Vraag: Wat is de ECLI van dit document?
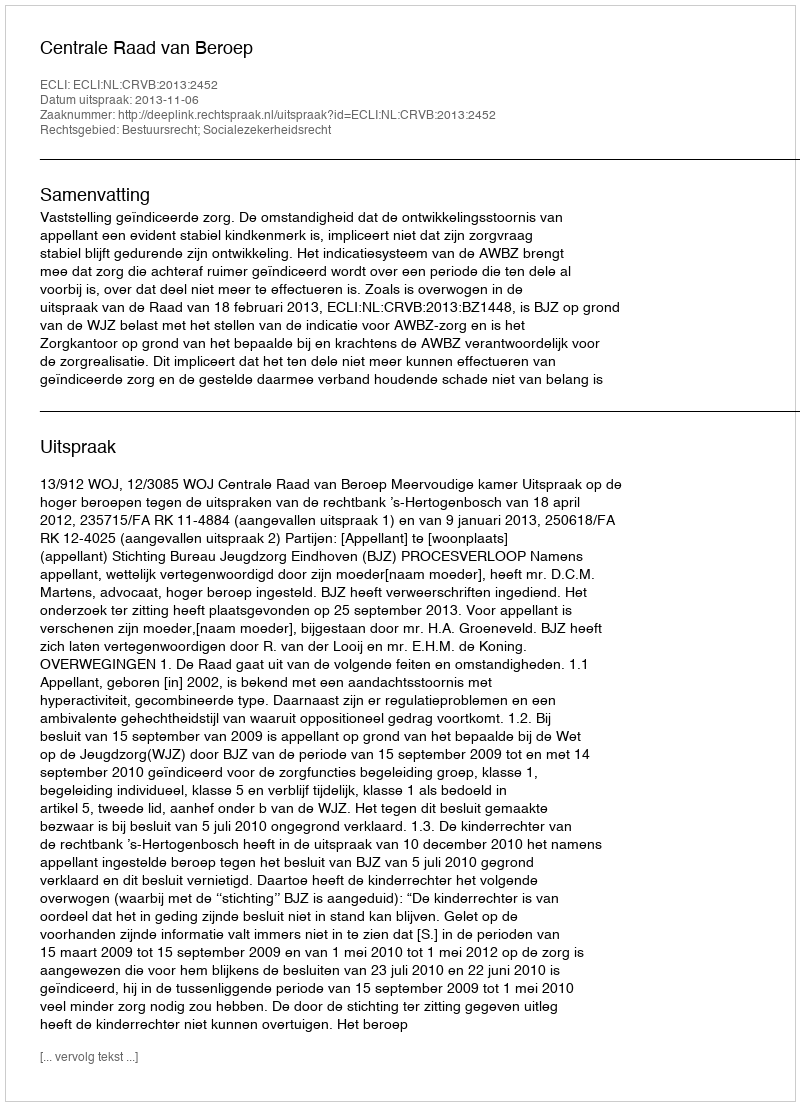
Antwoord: ECLI:NL:CRVB:2013:2452